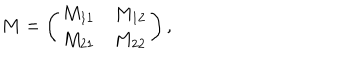
LaTeX: M = \left( \begin{array} { c c } { { M _ { 1 1 } } } & { { M _ { 1 2 } } } \\ { { M _ { 2 1 } } } & { { M _ { 2 2 } } } \\ \end{array} \right) ,